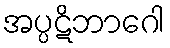
အပ္ပဋိဘာဂေါ